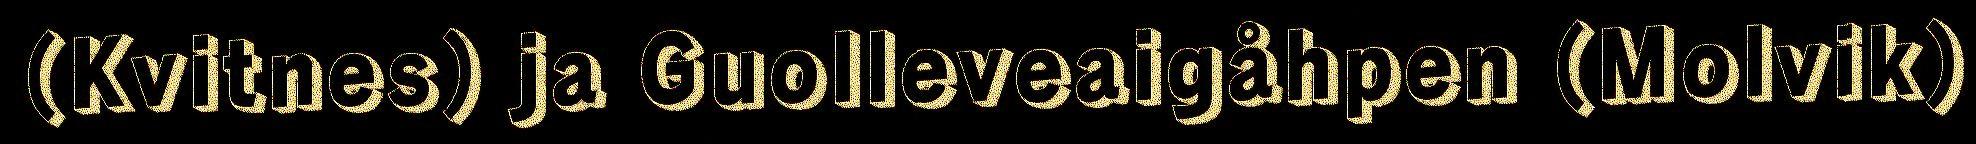
(Kvitnes) ja Guolleveaigåhpen (Molvik)